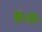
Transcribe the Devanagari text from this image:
का॰ज्ञा॰